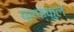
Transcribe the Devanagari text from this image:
प्रफ्फुल